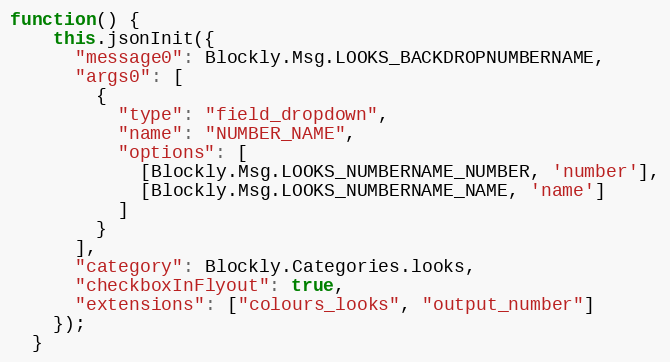
Language: JavaScript
function() {
    this.jsonInit({
      "message0": Blockly.Msg.LOOKS_BACKDROPNUMBERNAME,
      "args0": [
        {
          "type": "field_dropdown",
          "name": "NUMBER_NAME",
          "options": [
            [Blockly.Msg.LOOKS_NUMBERNAME_NUMBER, 'number'],
            [Blockly.Msg.LOOKS_NUMBERNAME_NAME, 'name']
          ]
        }
      ],
      "category": Blockly.Categories.looks,
      "checkboxInFlyout": true,
      "extensions": ["colours_looks", "output_number"]
    });
  }